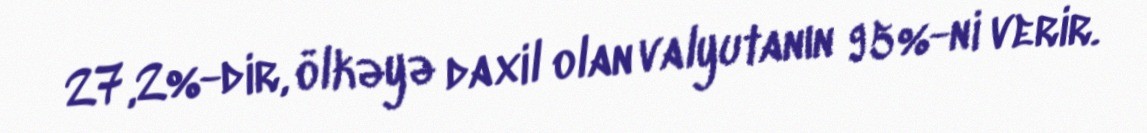
27,2%-dir, ölkəyə daxil olan valyutanın 95%-ni verir.